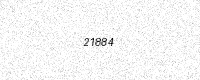
Text: 21884